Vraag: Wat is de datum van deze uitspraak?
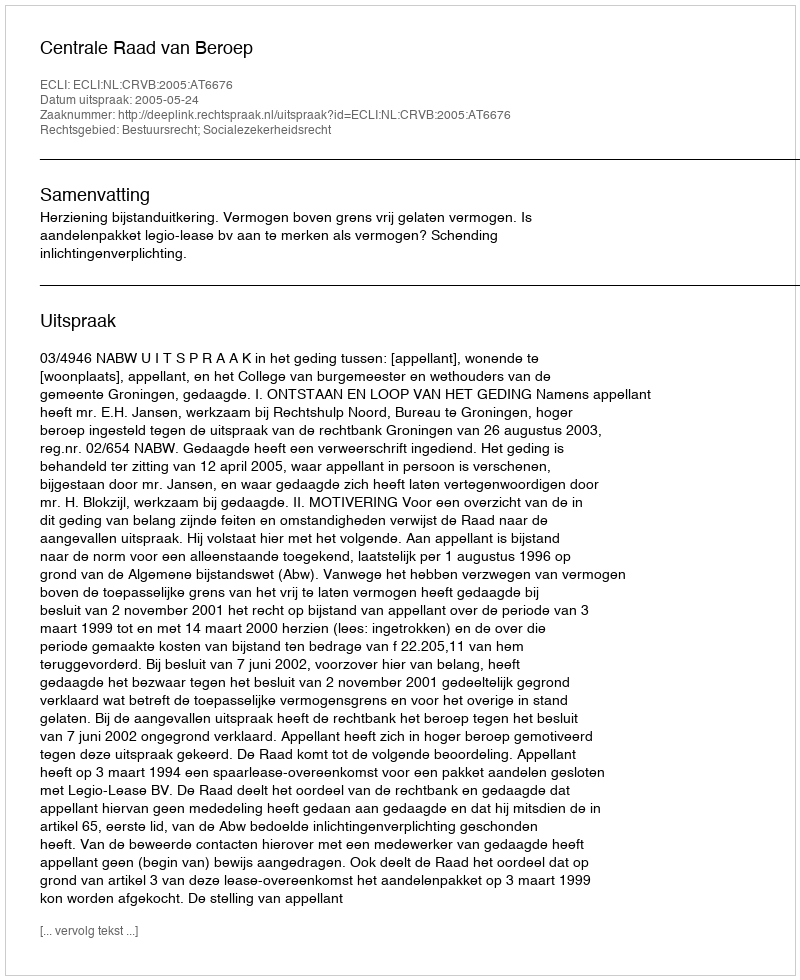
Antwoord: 2005-05-24